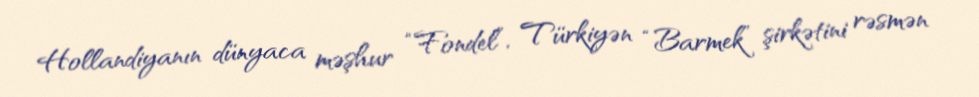
Hollandiyanın dünyaca məşhur “Fondel”, Türkiyən “Barmek” şirkətini rəsmən